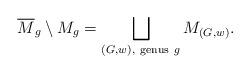
LaTeX: \begin{align*}\overline{M}_g\setminus M_g = \bigsqcup_{(G,w), \ \textrm{genus} \ g} M_{(G,w)}.\end{align*}